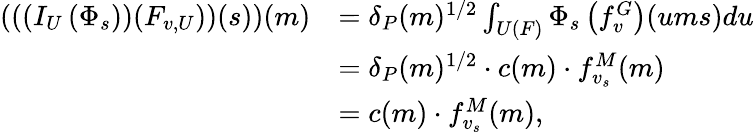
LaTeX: \begin{array}{rl}{\left(\left(\left(I_{U}\left(\Phi_{s}\right)\right)(F_{v,U})\right)(s)\right)(m)}&{=\delta_{P}(m)^{1/2}\int_{U(F)}\Phi_{s}\left(f_{v}^{G}\right)(ums)du}\\ &{=\delta_{P}(m)^{1/2}\cdot c(m)\cdot f_{v_{s}}^{M}(m)}\\ &{=c(m)\cdot f_{v_{s}}^{M}(m),}\end{array}